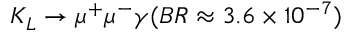
K _ { L } \rightarrow \mu ^ { + } \mu ^ { - } \gamma ( B R \approx 3 . 6 \times 1 0 ^ { - 7 } )